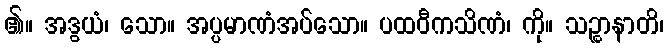
၏။ အဒွယံ၊ သော။ အပ္ပမာဏံအပ်သော။ ပထဝီကသိဏံ၊ ကို။ သဉ္စာနာတိ၊